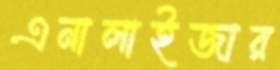
এনালাইজার